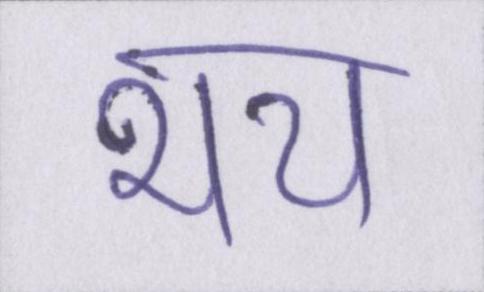
भय